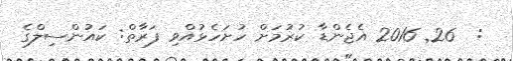
:  26